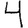
Digit: 4